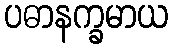
ပဓာနက္ခမာယ